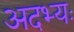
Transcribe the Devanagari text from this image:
अदभ्यः